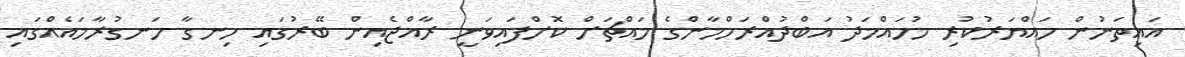
އައިތަނުން ހައްޔަރުކުރި މުހައްމަދު އަބްދުއްރަހްމާންގެ މައްޗަށް ކޮށްފައިވަނީ ރާއްޖެއިން ބޭރުގައި ހިނގާ ހަނގުރާމައެއްގައި